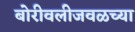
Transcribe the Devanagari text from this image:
बोरीवलीजवळच्या